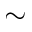
\sim